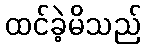
ထင်ခဲ့မိသည်